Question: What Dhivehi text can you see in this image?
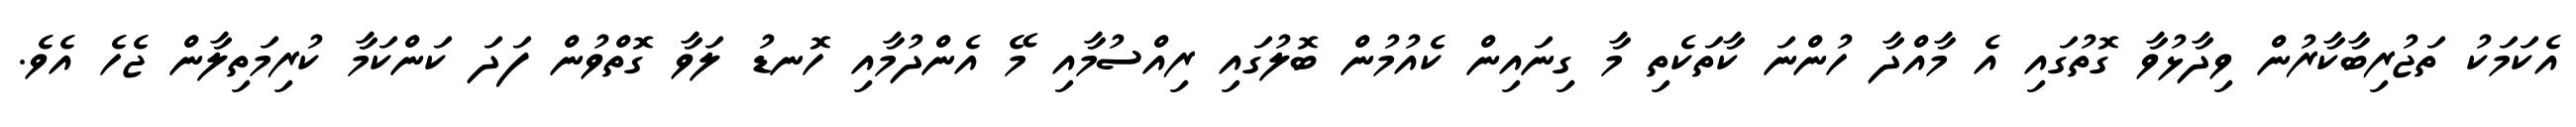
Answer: އެކަމަކު ތަޖުރިބާކާރުން ވިދާޅުވާ ގޮތުގައި އެ މާއްދާ ހުންނަ ކާތަކެތި މާ ގިނައިން ކެއުމުން ބޮލުގައި ރިއްސުމާއި މޭ އެންދުމާއި ހޮނޑު ލަވާ ގޮތްވުން ފަދަ ކަންކަމާ ކުރިމަތިލާން ޖެހެ އެވެ.